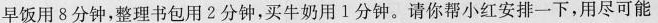
早饭用8分钟，整理书包用2分钟，买牛奶用1分钟。请你帮小红安排一下，用尽可能